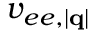
v _ { e e , | \mathbf { q } | }